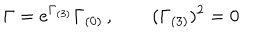
\Gamma = e ^ { \Gamma _ { ( 3 ) } } \Gamma _ { ( 0 ) } \, , \qquad ( \Gamma _ { ( 3 ) } ) ^ { 2 } = 0